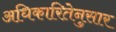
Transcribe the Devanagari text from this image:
अधिकारितेनुसार